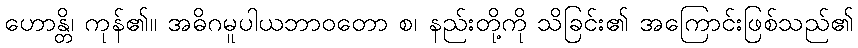
ဟောန္တိ၊ ကုန်၏။ အဓိဂမူပါယဘာဝတော စ၊ နည်းတို့ကို သိခြင်း၏ အကြောင်းဖြစ်သည်၏